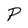
Character: P